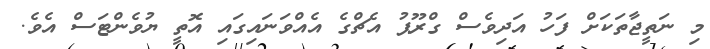
މި ނަތީޖާތަކަށް ފަހު އަދިވެސް ގްރޫޕު އެޗްގެ އެއްވަނައިގައި އޮތީ ޔުވެންޓަސް އެވެ.